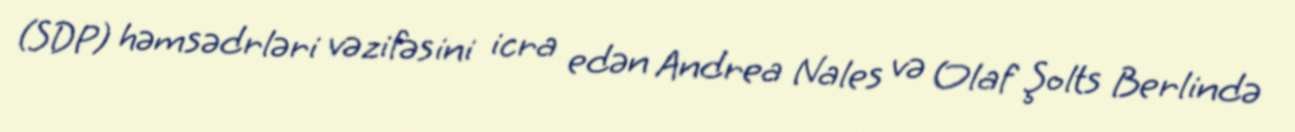
(SDP) həmsədrləri vəzifəsini icra edən Andrea Nales və Olaf Şolts Berlində